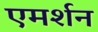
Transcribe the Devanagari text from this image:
एमर्शन